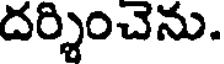
దర్శించెను.